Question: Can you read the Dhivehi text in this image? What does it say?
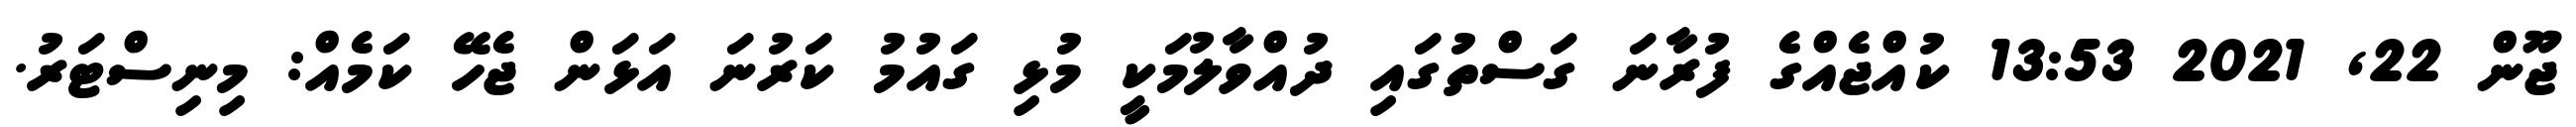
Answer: ޖޫން 22, 2021 13:53 ކުއްޖެއްގެ ފުރާނަ ގަސްތުގައި ދުއްވާލުމަކީ މުޅި ގައުމު ކަރުނަ އަޅަން ޖެހޭ ކަމެއް: މިނިސްޓަރު.